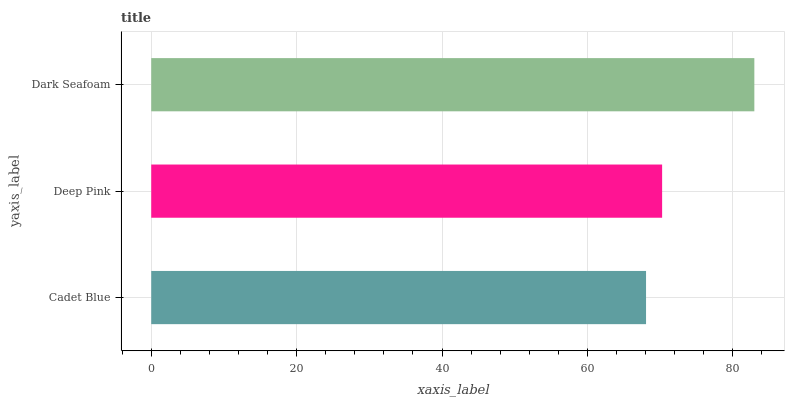
| yaxis_label | bars |
 | --- | --- |
 | Cadet Blue | 68.1 |
 | Deep Pink | 70.3 |
 | Dark Seafoam | 83 |